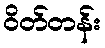
ဝိတ်တန်း